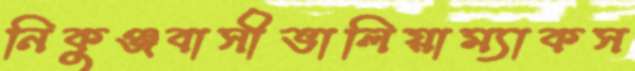
নিকুঞ্জবাসীভালিয়াম্যাকস